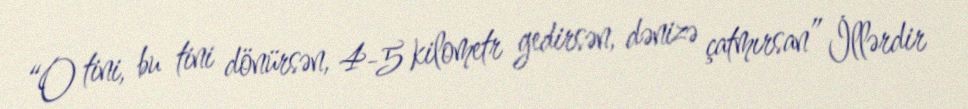
“O tini, bu tini dönürsən, 4-5 kilometr gedirsən, dənizə çatmırsan” İllərdir